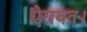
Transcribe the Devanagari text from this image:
ऐरावत।